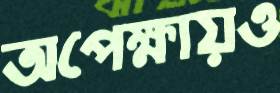
অপেক্ষায়ও